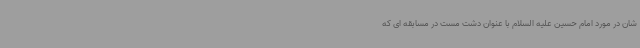
شان در مورد امام حسین علیه السلام با عنوان دشت مست در مسابقه ای که